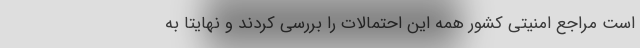
است مراجع امنیتی کشور همه این احتمالات را بررسی کردند و نهایتا به